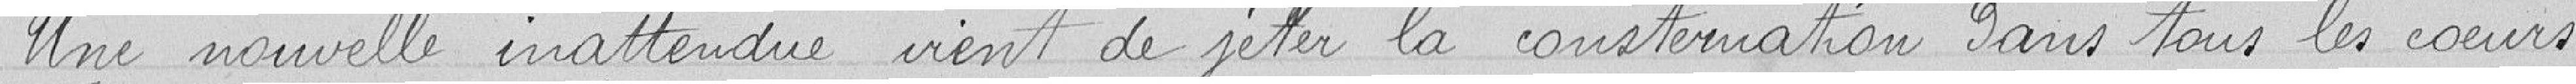
Une nouvelle inattendue vient de jeter la consternation dans tous les cœurs